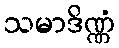
သမာဒိဏ္ဏံ